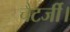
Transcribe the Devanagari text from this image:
चैटर्जी।